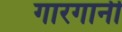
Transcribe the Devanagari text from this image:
गारगानी